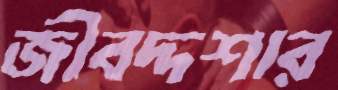
জীবদ্দশার